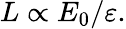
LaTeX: L\propto E_{0}/\varepsilon.